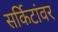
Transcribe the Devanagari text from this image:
सर्किटांवर